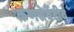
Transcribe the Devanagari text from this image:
कणसेर्वेटीव